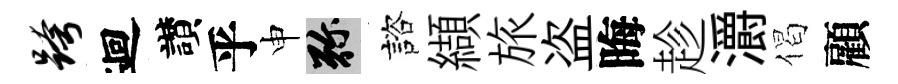
跨迴讃乎申弥諮纈旅盗晦趁灂偈顧